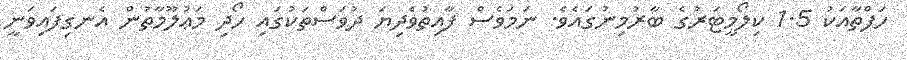
ހަފްތާއަކު 1.5 ކިލޯމީޓަރުގެ ބާރުމިނުގައެވެ. ނަމަވެސް ފާއިތުވެދިޔަ ދުވަސްތަކުގައި ހޯދި މަޢުލޫމާތުން އެނގިފައިވަނީ